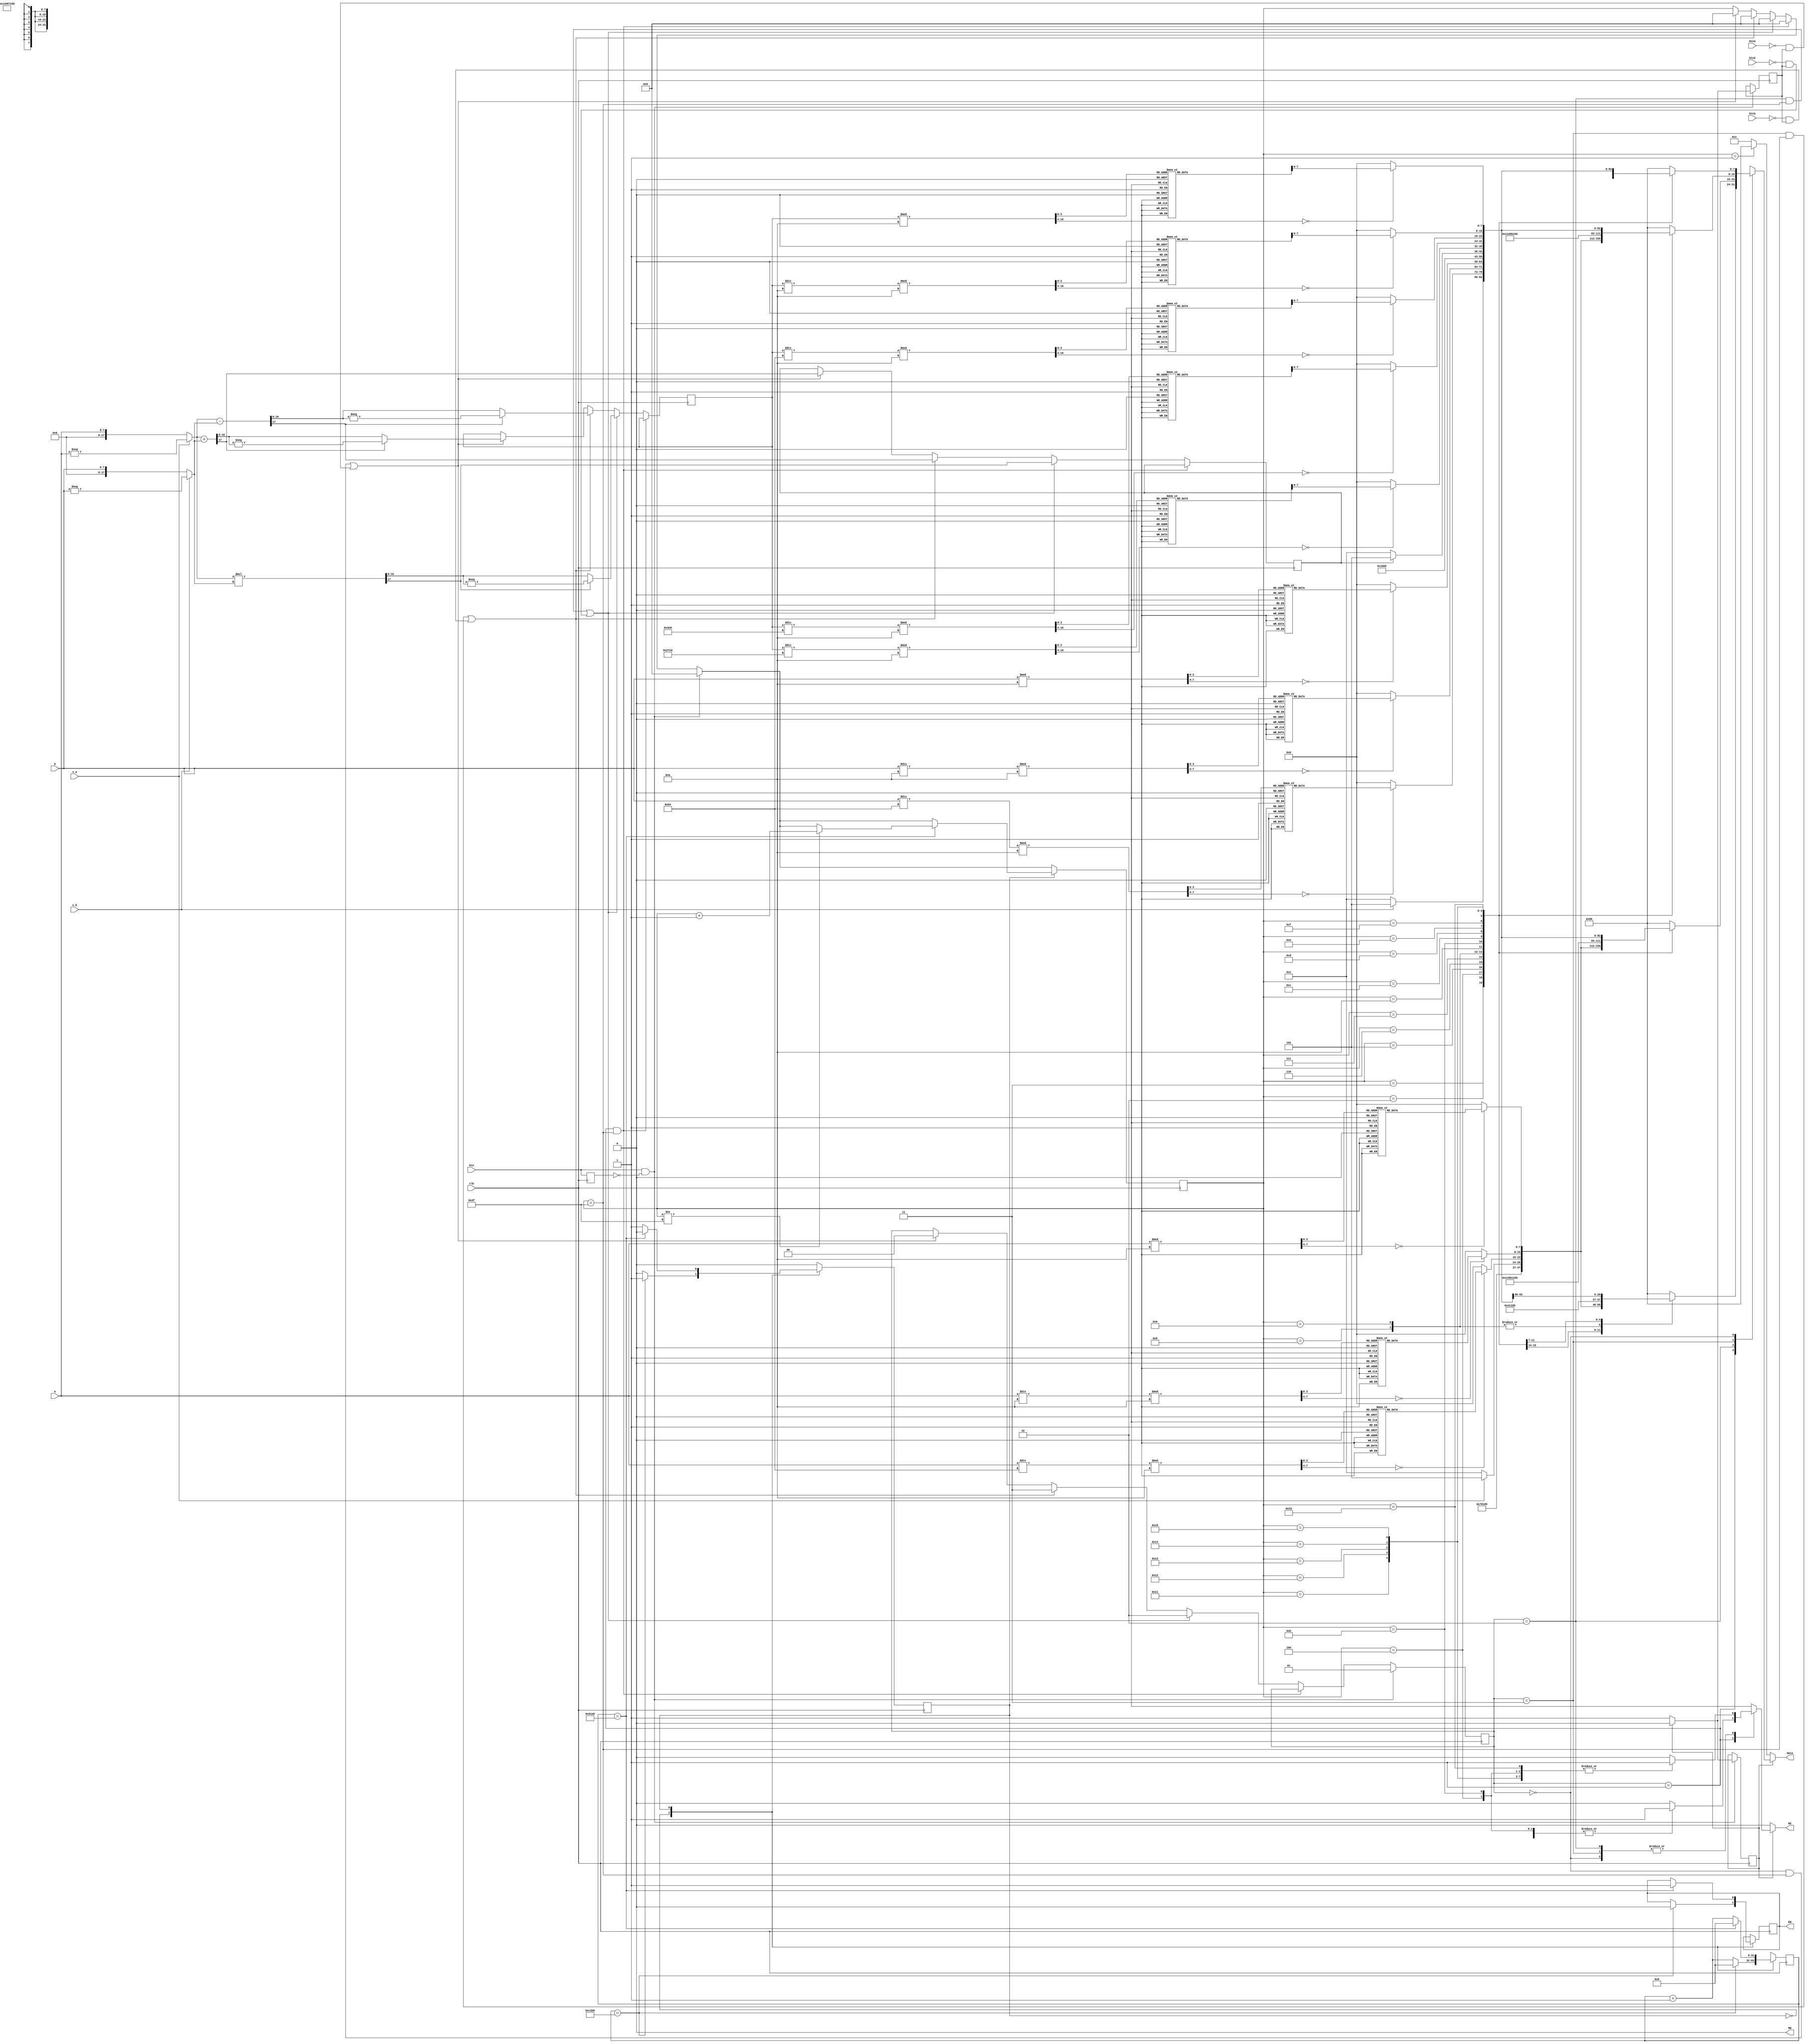
module projeto2sd(
	input [7:0] a, b,
	input s_a, s_b,
	input clk,
	input btn,
	input btn2,
	input btn3,
	input btn4,
	output reg [7:0] data,
	output reg EN, RS, RW
);

parameter ONEMS = 50000, HALFMS = 25000;
parameter WRITE = 1'b0, WAIT = 1'b1;
reg [31:0] counter = 32'b0;
reg state = WRITE;

reg [17:0] new_a, new_b;

parameter END = 6'd63;
reg [5:0] instructions = 6'b0;
reg [1:0] button_state = 2'b00;

reg display_enable = 1;
	
reg [16:0] res;
reg s_res;
reg [16:0]unidade, dezena, centena, milhar, dezenaM;
reg [7:0]unidadeA, dezenaA, centenaA;
reg [7:0]unidadeB, dezenaB, centenaB;	
reg ligado = 0;

initial begin
    data = 8'b0;
    EN = 1'b1;
    RS = 1'b0;
    RW = 1'b0;
end

reg btnstate;

always @(posedge clk) begin

	btnstate <= btn;

	if(button_state == 2'b01 && instructions == END)begin
		instructions <= 6'b0;
	end
	else if(button_state == 2'b10 && instructions == END || !btn2 && ligado) begin
		instructions <= 6'b0;
		//multiplicao
		new_a = s_a ? -a : a;
		new_b = s_b ? -b : b;
		{s_res, res} = new_a * new_b;
		res = s_res ? -res : res;
		button_state <= 2'b10;
		instructions <= 6'b0;
	end
	else if(button_state == 2'b11 && instructions == END || !btn3 && ligado) begin
		instructions <= 6'b0;
		//subtrao
		new_a = s_a ? -a : a;
		new_b = s_b ? -b : b;
		{s_res, res} = new_a - new_b;
		res = s_res ? -res : res;
		button_state <= 2'b11;
		instructions <= 6'b0;
	end
	else if(button_state == 2'b00 && instructions == END || !btn4 && ligado) begin
		instructions <= 6'b0;
		//soma
		new_a = s_a ? -a : a;
		new_b = s_b ? -b : b;
		{s_res, res} = new_a + new_b;
		res = s_res ? -res : res;
		button_state <= 2'b00;
		instructions <= 6'b0;
	end
	
	if (btn && ~btnstate) begin
		if(display_enable == 1)begin
			display_enable <= 0;
			ligado <= 0;
		end
		else begin
			display_enable <= 1;
			ligado <= 1;
		end
		
		button_state <= 2'b01;
		instructions <= 6'b0;
	
	end
	
	case (state)
		WRITE: begin
		if (counter == ONEMS) begin
			state <= WAIT;
			counter <= 32'b0;
			EN <= 1'b0;
		end
		else begin
			counter <= counter + 1;
		end
		end
		WAIT: begin
			if (counter == HALFMS) begin 
				state <= WRITE;
				counter <= 32'b0;
				EN <= 1'b1;
			if (instructions != END) begin
				instructions <= instructions + 1;
			end
		end
		else begin
		counter <= counter + 1;
		end
		end
	endcase

end

always @(*) begin

		unidade = (res) % 10;
		dezena = (res/10) % 10;
		centena = (res/100) % 10;
		milhar = (res/1000) % 10;
		dezenaM = (res/10000) % 10;
		
		unidadeA = (a) % 10;
		dezenaA = (a/10) % 10;
		centenaA = (a/100) % 10;
		
		unidadeB = (b) % 10;
		dezenaB = (b/10) % 10;
		centenaB = (b/100) % 10;
		
		case(unidadeA)
			0: begin unidadeA = 8'h30; end
			1:	begin	unidadeA = 8'h31; end
			2:	begin	unidadeA = 8'h32; end
			3:	begin	unidadeA = 8'h33; end
			4:	begin	unidadeA = 8'h34; end
			5:	begin	unidadeA = 8'h35; end
			6:	begin	unidadeA = 8'h36; end
			7:	begin	unidadeA = 8'h37; end
			8:	begin	unidadeA = 8'h38; end
			9:	begin	unidadeA = 8'h39; end
			default: begin unidadeA = 8'h00; end
		endcase
		case(dezenaA)
			0: begin dezenaA = 8'h30; end
			1:	begin	dezenaA = 8'h31; end
			2:	begin	dezenaA = 8'h32; end
			3:	begin	dezenaA = 8'h33; end
			4:	begin	dezenaA = 8'h34; end
			5:	begin	dezenaA = 8'h35; end
			6:	begin	dezenaA = 8'h36; end
			7:	begin	dezenaA = 8'h37; end
			8:	begin	dezenaA = 8'h38; end
			9:	begin	dezenaA = 8'h39; end
			default: begin dezenaA = 8'h00; end
		endcase
		case(centenaA)
			0: begin centenaA = 8'h30; end
			1:	begin	centenaA = 8'h31; end
			2:	begin	centenaA = 8'h32; end
			3:	begin	centenaA = 8'h33; end
			4:	begin	centenaA = 8'h34; end
			5:	begin	centenaA = 8'h35; end
			6:	begin	centenaA = 8'h36; end
			7:	begin	centenaA = 8'h37; end
			8:	begin	centenaA = 8'h38; end
			9:	begin	centenaA = 8'h39; end
			default: begin centenaA = 8'h00; end
		endcase
		case(unidadeB)
			0: begin unidadeB = 8'h30; end
			1:	begin	unidadeB = 8'h31; end
			2:	begin	unidadeB = 8'h32; end
			3:	begin	unidadeB = 8'h33; end
			4:	begin	unidadeB = 8'h34; end
			5:	begin	unidadeB = 8'h35; end
			6:	begin	unidadeB = 8'h36; end
			7:	begin	unidadeB = 8'h37; end
			8:	begin	unidadeB = 8'h38; end
			9:	begin	unidadeB = 8'h39; end
			default: begin unidadeB = 8'h00; end
		endcase
		case(dezenaB)
			0: begin dezenaB = 8'h30; end
			1:	begin	dezenaB = 8'h31; end
			2:	begin	dezenaB = 8'h32; end
			3:	begin	dezenaB = 8'h33; end
			4:	begin	dezenaB = 8'h34; end
			5:	begin	dezenaB = 8'h35; end
			6:	begin	dezenaB = 8'h36; end
			7:	begin	dezenaB = 8'h37; end
			8:	begin	dezenaB = 8'h38; end
			9:	begin	dezenaB = 8'h39; end
			default: begin dezenaB = 8'h00; end
		endcase
		case(centenaB)
			0: begin centenaB = 8'h30; end
			1:	begin	centenaB = 8'h31; end
			2:	begin	centenaB = 8'h32; end
			3:	begin	centenaB = 8'h33; end
			4:	begin	centenaB = 8'h34; end
			5:	begin	centenaB = 8'h35; end
			6:	begin	centenaB = 8'h36; end
			7:	begin	centenaB = 8'h37; end
			8:	begin	centenaB = 8'h38; end
			9:	begin	centenaB = 8'h39; end
			default: begin centenaB = 8'h00; end
		endcase
		case(unidade)
			0: begin unidade = 17'h30; end
			1:	begin	unidade = 17'h31; end
			2:	begin	unidade = 17'h32; end
			3:	begin	unidade = 17'h33; end
			4:	begin	unidade = 17'h34; end
			5:	begin	unidade = 17'h35; end
			6:	begin	unidade = 17'h36; end
			7:	begin	unidade = 17'h37; end
			8:	begin	unidade = 17'h38; end
			9:	begin	unidade = 17'h39; end
			default: begin unidade = 17'h00; end
		endcase
		case(dezena)
			0: begin dezena = 17'h30; end
			1:	begin	dezena = 17'h31; end
			2:	begin	dezena = 17'h32; end
			3:	begin	dezena = 17'h33; end
			4:	begin	dezena = 17'h34; end
			5:	begin	dezena = 17'h35; end
			6:	begin	dezena = 17'h36; end
			7:	begin	dezena = 17'h37; end
			8:	begin	dezena = 17'h38; end
			9:	begin	dezena = 17'h39; end
			default: begin dezena = 17'h00; end
		endcase
		case(centena)
			0: begin centena = 17'h30; end
			1:	begin	centena = 17'h31; end
			2:	begin	centena = 17'h32; end
			3:	begin	centena = 17'h33; end
			4:	begin	centena = 17'h34; end
			5:	begin	centena = 17'h35; end
			6:	begin	centena = 17'h36; end
			7:	begin	centena = 17'h37; end
			8:	begin	centena = 17'h38; end
			9:	begin	centena = 17'h39; end
			default: begin centena = 17'h00; end
		endcase
		case(milhar)
			0: begin milhar = 17'h30; end
			1:	begin	milhar = 17'h31; end
			2:	begin	milhar = 17'h32; end
			3:	begin	milhar = 17'h33; end
			4:	begin	milhar = 17'h34; end
			5:	begin	milhar = 17'h35; end
			6:	begin	milhar = 17'h36; end
			7:	begin	milhar = 17'h37; end
			8:	begin	milhar = 17'h38; end
			9:	begin	milhar = 17'h39; end
			default: begin milhar = 17'h00; end
		endcase
		case(dezenaM)
			0: begin dezenaM = 17'h30; end
			1:	begin	dezenaM = 17'h31; end
			2:	begin	dezenaM = 17'h32; end
			3:	begin	dezenaM = 17'h33; end
			4:	begin	dezenaM = 17'h34; end
			5:	begin	dezenaM = 17'h35; end
			6:	begin	dezenaM = 17'h36; end
			7:	begin	dezenaM = 17'h37; end
			8:	begin	dezenaM = 17'h38; end
			9:	begin	dezenaM = 17'h39; end
			default: begin dezenaM = 17'h00; end
		endcase

	if (display_enable) begin
		case (button_state)
			2'b01: begin
			// Lgica para o KEY 0
			case (instructions)
			6'b000000: begin data = 8'b10000000; RS = 1'b0; end
			6'b000001: begin data = 8'b10000000; RS = 1'b0; end // Ir para a posio 0
			6'b000010: begin data = 8'b00111000; RS = 1'b0; end // Configurar o display
			6'b000011: begin data = 8'b00001100; RS = 1'b0; end // Configurar o display
			6'b000100: begin if(s_a == 1) begin data = 8'h2D; RS = 1'b1; end else begin data = 8'h2B; RS = 1'b1; end end
			6'b000101: begin data = centenaA; RS = 1'b1; end 
			6'b000110: begin data = dezenaA; RS = 1'b1; end 
			6'b000111: begin data = unidadeA; RS = 1'b1; end 
			6'b001000: begin data = 8'h20; RS = 1'b1; end   // espace
			6'b001001: begin data = 8'h20; RS = 1'b1; end   // espace
			6'b001010: begin data = 8'b10001100; RS = 1'b0; end
			6'b001011: begin if(s_b == 1) begin data = 8'h2D; RS = 1'b1; end else begin data = 8'h2B; RS = 1'b1; end end
			6'b001100: begin data = centenaB; RS = 1'b1; end 
			6'b001101: begin data = dezenaB; RS = 1'b1; end 
			6'b001110: begin data = unidadeB; RS = 1'b1; end
			default: begin data = 8'b10000000; RS = 1'b0; end // Ir para a posio 0
			endcase
			end
			2'b10: begin
			// Lgica para o KEY 1
			case (instructions)
			6'b000000: begin data = 8'b10000000; RS = 1'b0; end
			6'b000001: begin data = 8'b10000000; RS = 1'b0; end // Ir para a posio 0
			6'b000010: begin data = 8'b00111000; RS = 1'b0; end // Configurar o display
			6'b000011: begin data = 8'b00001100; RS = 1'b0; end // Configurar o display
			6'b000100: begin if(s_a == 1) begin data = 8'h2D; RS = 1'b1; end else begin data = 8'h2B; RS = 1'b1; end end
			6'b000101: begin data = centenaA; RS = 1'b1; end 
			6'b000110: begin data = dezenaA; RS = 1'b1; end 
			6'b000111: begin data = unidadeA; RS = 1'b1; end 
			6'b001000: begin data = 8'b10001000; RS = 1'b0; end
			6'b001001: begin data = 8'h58; RS = 1'b1; end // x
			6'b001010: begin data = 8'b10001100; RS = 1'b0; end
			6'b001011: begin if(s_b == 1) begin data = 8'h2D; RS = 1'b1; end else begin data = 8'h2B; RS = 1'b1; end end
			6'b001100: begin data = centenaB; RS = 1'b1; end 
			6'b001101: begin data = dezenaB; RS = 1'b1; end 
			6'b001110: begin data = unidadeB; RS = 1'b1; end
			6'b001111: begin data = 8'b11000000; RS = 1'b0; end //quebra de linha
			6'b010000: begin if(s_res == 1) begin data = 8'h2D; RS = 1'b1; end else begin data = 8'h2B; RS = 1'b1; end end
			6'b010001: begin data = dezenaM; RS = 1'b1; end 
			6'b010010: begin data = milhar; RS = 1'b1; end 
			6'b010011: begin data = centena; RS = 1'b1; end
			6'b010100: begin data = dezena; RS = 1'b1; end
			6'b010101: begin data = unidade; RS = 1'b1; end
			default: begin data = 8'b10000000; RS = 1'b0; end // Ir para a posio 0
			endcase
			end
			2'b11: begin
			// Lgica para o KEY 2
			case (instructions)
			6'b000000: begin data = 8'b10000000; RS = 1'b0; end
			6'b000001: begin data = 8'b10000000; RS = 1'b0; end // Ir para a posio 0
			6'b000010: begin data = 8'b00111000; RS = 1'b0; end
			6'b000011: begin data = 8'b00001100; RS = 1'b0; end
			6'b000100: begin if(s_a == 1) begin data = 8'h2D; RS = 1'b1; end else begin data = 8'h2B; RS = 1'b1; end end
			6'b000101: begin data = centenaA; RS = 1'b1; end 
			6'b000110: begin data = dezenaA; RS = 1'b1; end 
			6'b000111: begin data = unidadeA; RS = 1'b1; end 
			6'b001000: begin data = 8'b10001000; RS = 1'b0; end
			6'b001001: begin data = 8'h2D; RS = 1'b1; end // -
			6'b001010: begin data = 8'b10001100; RS = 1'b0; end
			6'b001011: begin if(s_b == 1) begin data = 8'h2D; RS = 1'b1; end else begin data = 8'h2B; RS = 1'b1; end end
			6'b001100: begin data = centenaB; RS = 1'b1; end 
			6'b001101: begin data = dezenaB; RS = 1'b1; end 
			6'b001110: begin data = unidadeB; RS = 1'b1; end
			6'b001111: begin data = 8'b11000000; RS = 1'b0; end //quebra de linha
			6'b010000: begin if(s_res == 1) begin data = 8'h2D; RS = 1'b1; end else begin data = 8'h2B; RS = 1'b1; end end
			6'b010001: begin data = dezenaM; RS = 1'b1; end 
			6'b010010: begin data = milhar; RS = 1'b1; end 
			6'b010011: begin data = centena; RS = 1'b1; end
			6'b010100: begin data = dezena; RS = 1'b1; end
			6'b010101: begin data = unidade; RS = 1'b1; end
			
			default: begin data = 8'b10000000; RS = 1'b0; end // Ir para a posio 0
			endcase
			end
			2'b00: begin
			// Lgica para o KEY 3
			case (instructions)
			6'b000000: begin data = 8'b10000000; RS = 1'b0; end
			6'b000001: begin data = 8'b10000000; RS = 1'b0; end // Ir para a posio 0
			6'b000010: begin data = 8'b00111000; RS = 1'b0; end // Configurar o display
			6'b000011: begin data = 8'b00001100; RS = 1'b0; end // Configurar o display
			6'b000100: begin if(s_a == 1) begin data = 8'h2D; RS = 1'b1; end else begin data = 8'h2B; RS = 1'b1; end end
			6'b000101: begin data = centenaA; RS = 1'b1; end 
			6'b000110: begin data = dezenaA; RS = 1'b1; end 
			6'b000111: begin data = unidadeA; RS = 1'b1; end 
			6'b001000: begin data = 8'b10001000; RS = 1'b0; end
			6'b001001: begin data = 8'h2B; RS = 1'b1; end // +
			6'b001010: begin data = 8'b10001100; RS = 1'b0; end
			6'b001011: begin if(s_b == 1) begin data = 8'h2D; RS = 1'b1; end else begin data = 8'h2B; RS = 1'b1; end end
			6'b001100: begin data = centenaB; RS = 1'b1; end 
			6'b001101: begin data = dezenaB; RS = 1'b1; end 
			6'b001110: begin data = unidadeB; RS = 1'b1; end
			6'b001111: begin data = 8'b11000000; RS = 1'b0; end //quebra de linha
			6'b010000: begin if(s_res == 1) begin data = 8'h2D; RS = 1'b1; end else begin data = 8'h2B; RS = 1'b1; end end
			6'b010001: begin data = dezenaM; RS = 1'b1; end 
			6'b010010: begin data = milhar; RS = 1'b1; end 
			6'b010011: begin data = centena; RS = 1'b1; end
			6'b010100: begin data = dezena; RS = 1'b1; end
			6'b010101: begin data = unidade; RS = 1'b1; end
			
			default: begin data = 8'b10000000; RS = 1'b0; end // Ir para a posio 0
			endcase
			end
		default: begin data = 8'b10000000; RS = 1'b0; end // Ir para a posio 0
		endcase
	end
else begin
	case (instructions)
		6'b000000: begin data = 8'b00000001; RS = 1'b0; end // Limpar o display
		6'b000001: begin data = 8'b10000000; RS = 1'b0; end // Ir para a posio 0
		default: begin data = 8'b00000001; RS = 1'b0; end // Limpar o display
	endcase
end
end

endmodule